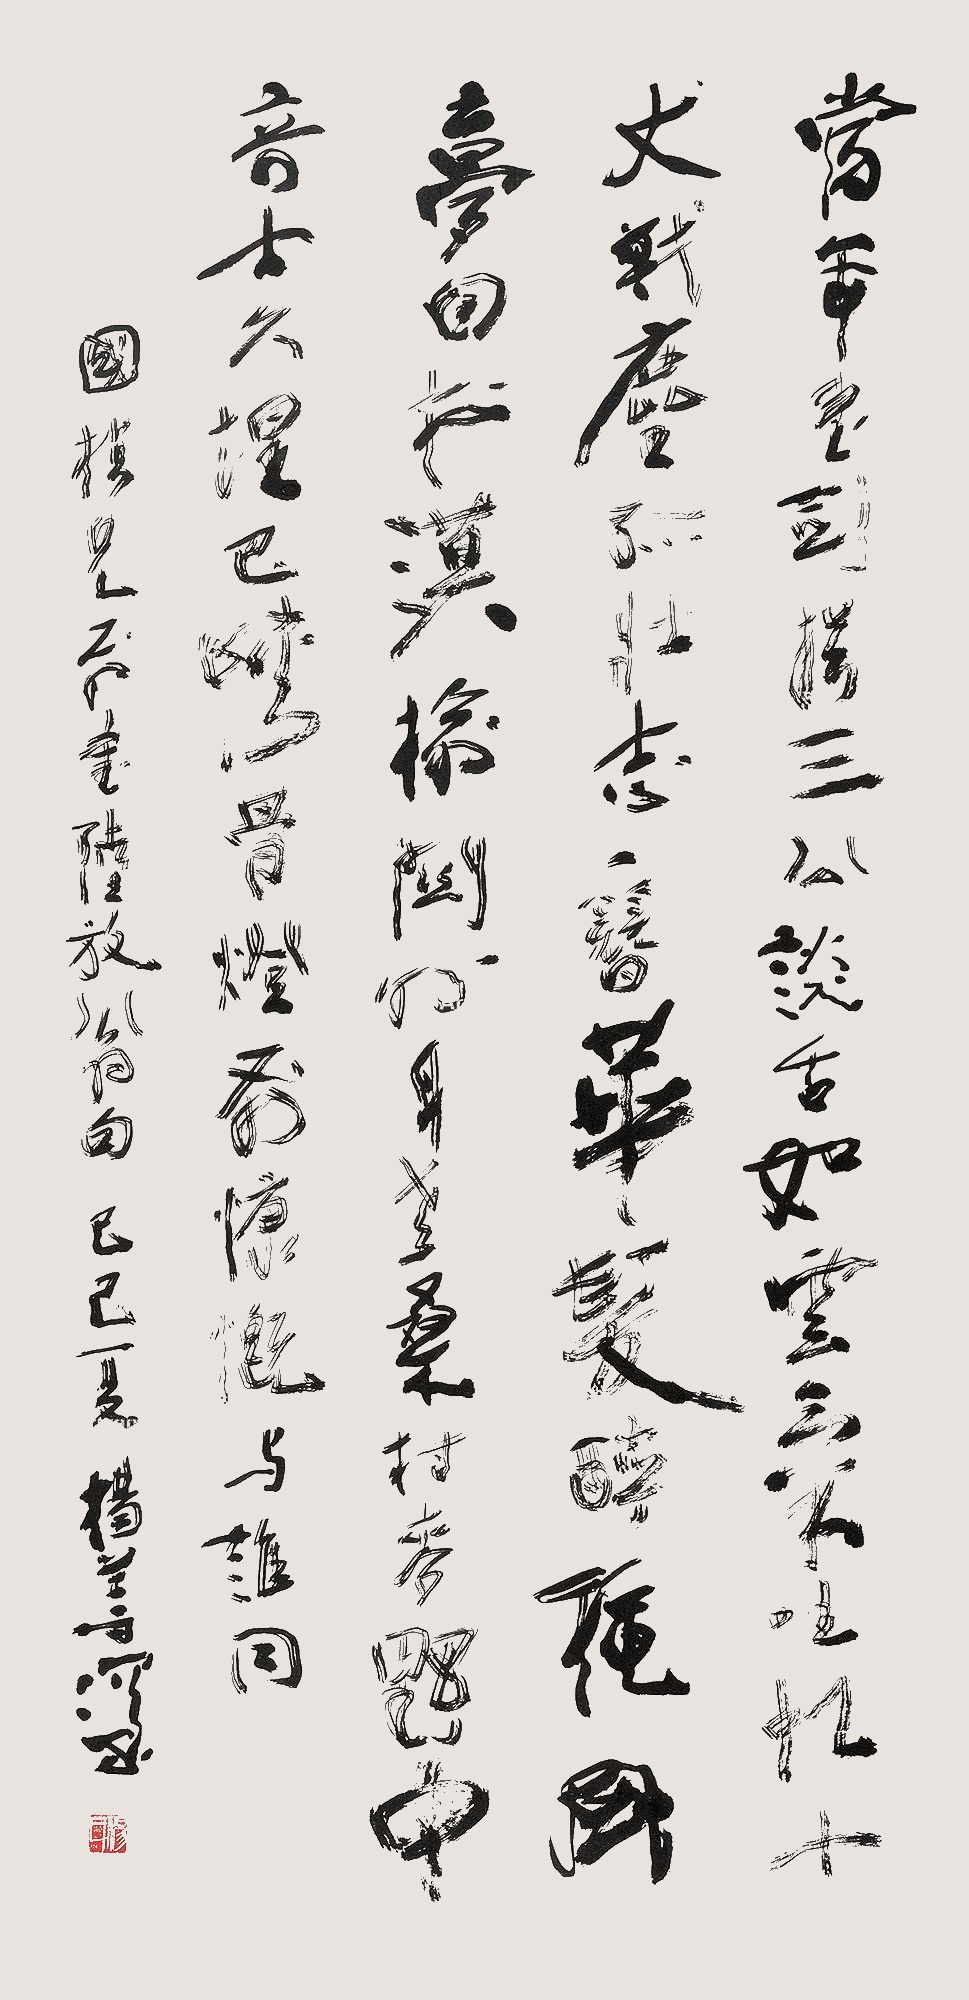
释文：当年书剑揖三公，谈舌如云气吐虹。十丈战尘孤壮志，一簪华发醉秋风。梦回松漠榆关外，身老桑村麦野中。奇士久埋巴峡骨，灯前慷慨与谁同。国桢兄属。书陆放翁句。己巳夏，杨善深。